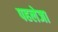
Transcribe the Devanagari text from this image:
पहलेजा